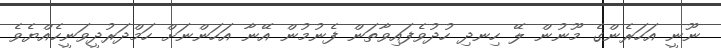
ނޫނީ އަހަރެންގެ މޫނުން ލޭ ހިނދި ހުދުވެފައިވާތަން ފެނުމުން އޭނާ އަހަންނަށް ހަމްދަރުދީވަނީހެއްޔެވެ